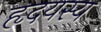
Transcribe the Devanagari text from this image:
हृदयस्य